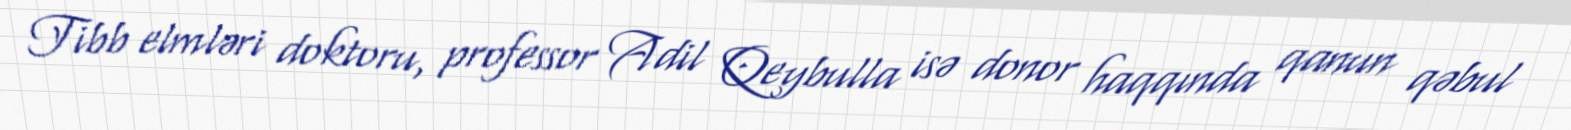
Tibb elmləri doktoru, professor Adil Qeybulla isə donor haqqında qanun qəbul